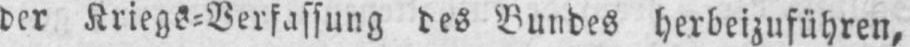
der Kriegs⸗Verfassung des Bundes herbeizuführen,